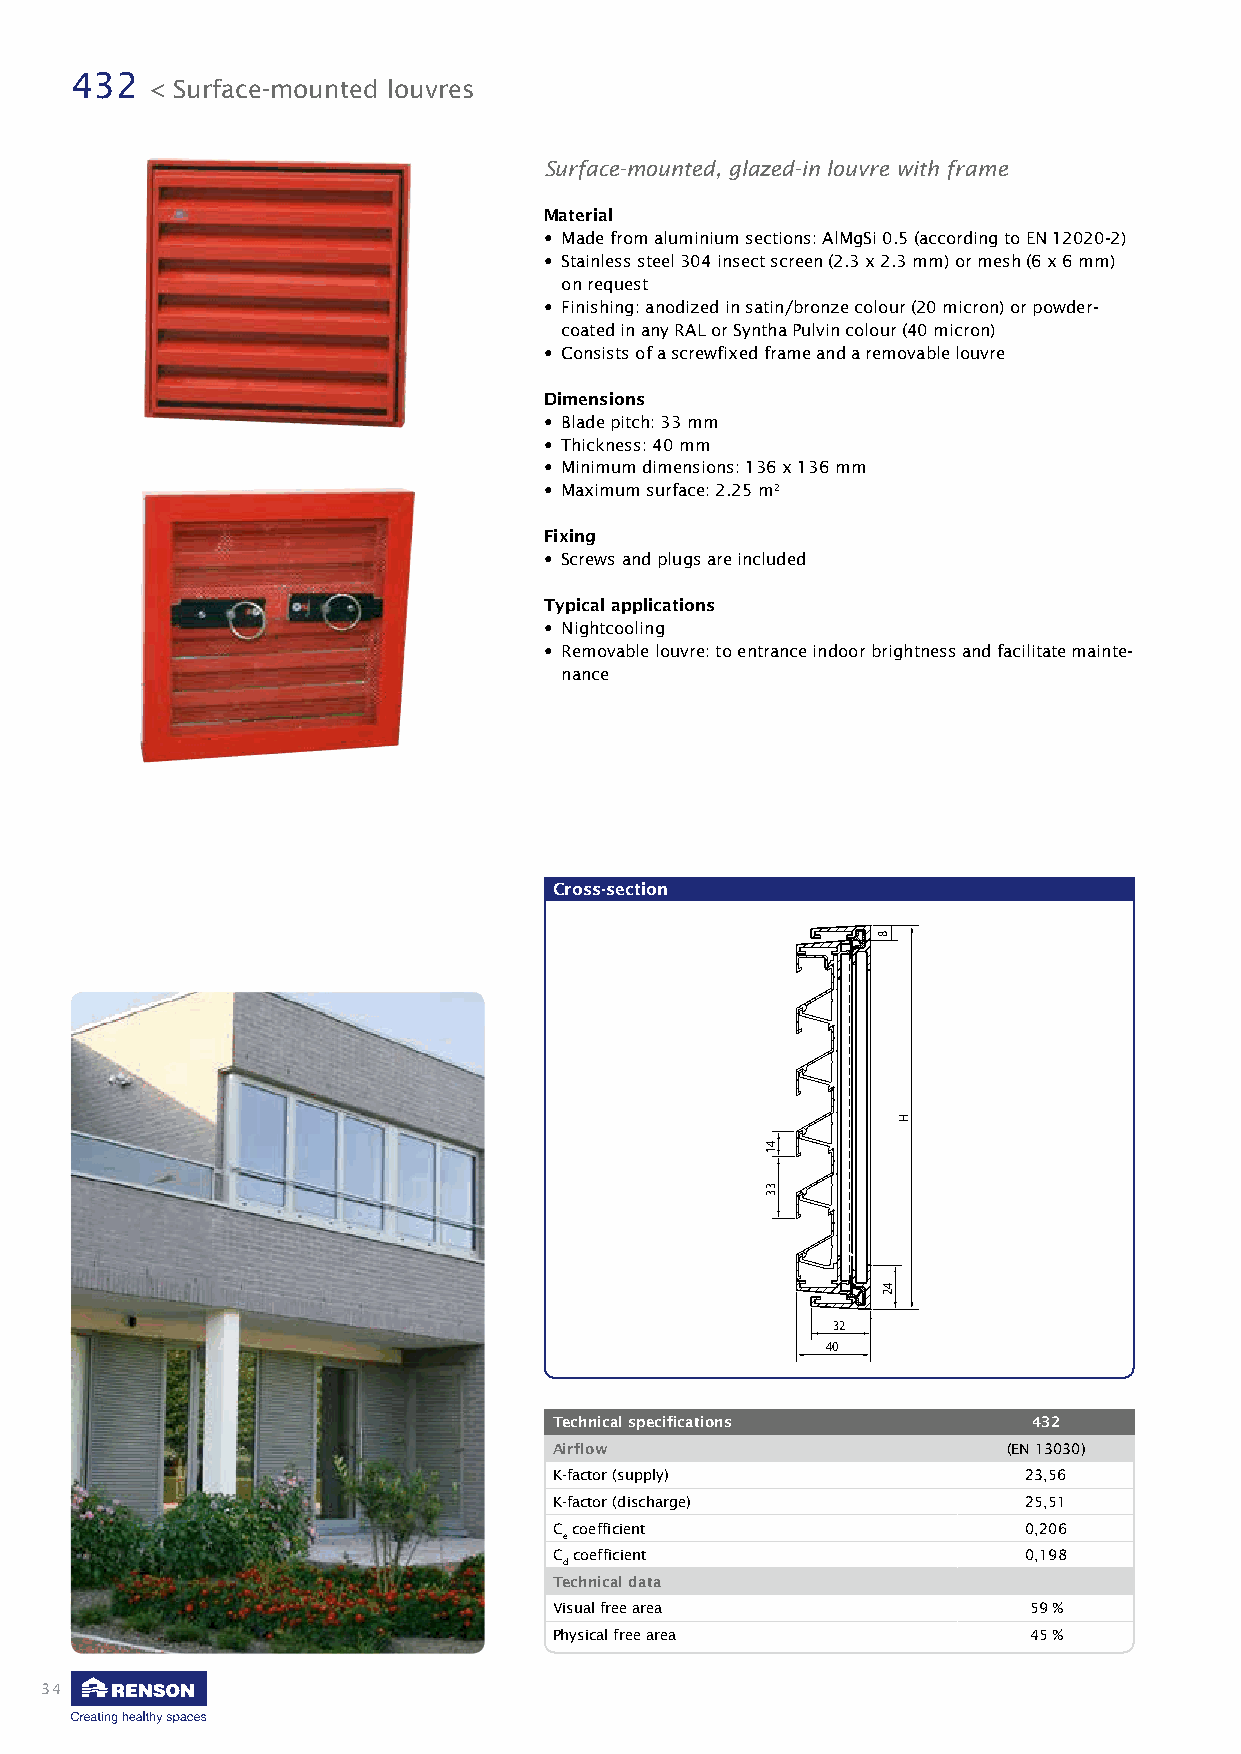
432
 < Surface-mounted louvres
 Surface-mounted, glazed-in louvre with frame
 Material
 • Made from aluminium sections: AlMgSi 0.5 (according to EN 12020-2)
 • Stainless steel 304 insect screen (2.3 x 2.3 mm) or mesh (6 x 6 mm)
 on request
 • Finishing: anodized in satin/bronze colour (20 micron) or powder-
 coated in any RAL or Syntha Pulvin colour (40 micron)
 • Consists of a screwfixed frame and a removable louvre
 Dimensions
 • Blade pitch: 33 mm
 • Thickness: 40 mm
 • Minimum dimensions: 136 x 136 mm
 • Maximum surface: 2.25 m2
 Fixing
 • Screws and plugs are included
 Typical applications
 • Nightcooling
 • Removable louvre: to entrance indoor brightness and facilitate mainte-
 nance
 Cross-section
 32
 40
 Technical specifications       432
 Airflow                       (EN 13030)
 K-factor (supply)              23,56
 K-factor (discharge)           25,51
 C coefficient                  0,206
 e
 C coefficient                  0,198
 d
 Technical data
 Visual free area               59 %
 Physical free area             45 %
 34
 41
 33
 8
 42
 H